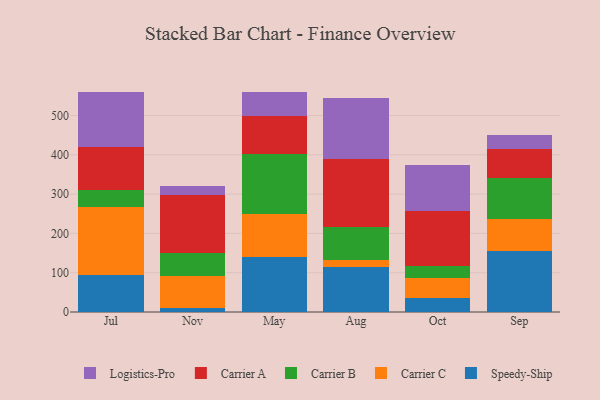
{"axis": {"x": "Month", "y": "LTV (USD)"}, "legend": ["Carrier A", "Carrier B", "Carrier C", "Logistics-Pro", "Speedy-Ship"], "data": [{"x": "Jul", "y": 94.4, "type": "Speedy-Ship"}, {"x": "Jul", "y": 172.7, "type": "Carrier C"}, {"x": "Jul", "y": 42.3, "type": "Carrier B"}, {"x": "Jul", "y": 110.7, "type": "Carrier A"}, {"x": "Jul", "y": 139.8, "type": "Logistics-Pro"}, {"x": "Nov", "y": 10.3, "type": "Speedy-Ship"}, {"x": "Nov", "y": 80.8, "type": "Carrier C"}, {"x": "Nov", "y": 57.9, "type": "Carrier B"}, {"x": "Nov", "y": 148.6, "type": "Carrier A"}, {"x": "Nov", "y": 22.7, "type": "Logistics-Pro"}, {"x": "May", "y": 139.5, "type": "Speedy-Ship"}, {"x": "May", "y": 108.9, "type": "Carrier C"}, {"x": "May", "y": 154.9, "type": "Carrier B"}, {"x": "May", "y": 96.4, "type": "Carrier A"}, {"x": "May", "y": 61.2, "type": "Logistics-Pro"}, {"x": "Aug", "y": 113.8, "type": "Speedy-Ship"}, {"x": "Aug", "y": 18.2, "type": "Carrier C"}, {"x": "Aug", "y": 84.6, "type": "Carrier B"}, {"x": "Aug", "y": 172.8, "type": "Carrier A"}, {"x": "Aug", "y": 155.4, "type": "Logistics-Pro"}, {"x": "Oct", "y": 35.9, "type": "Speedy-Ship"}, {"x": "Oct", "y": 50.3, "type": "Carrier C"}, {"x": "Oct", "y": 31.0, "type": "Carrier B"}, {"x": "Oct", "y": 139.7, "type": "Carrier A"}, {"x": "Oct", "y": 118.2, "type": "Logistics-Pro"}, {"x": "Sep", "y": 154.9, "type": "Speedy-Ship"}, {"x": "Sep", "y": 81.8, "type": "Carrier C"}, {"x": "Sep", "y": 104.0, "type": "Carrier B"}, {"x": "Sep", "y": 75.4, "type": "Carrier A"}, {"x": "Sep", "y": 33.7, "type": "Logistics-Pro"}]}